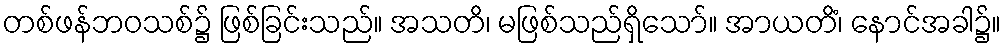
တစ်ဖန်ဘဝသစ်၌ ဖြစ်ခြင်းသည်။ အသတိ၊ မဖြစ်သည်ရှိသော်။ အာယတိံ၊ နောင်အခါ၌။